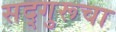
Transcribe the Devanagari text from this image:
सद्गुरूचा